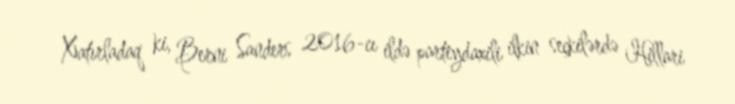
Xatırladaq ki, Berni Sanders 2016-cı ildə partiydaxili ilkin seçkilərdə Hillari